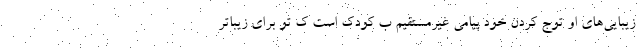
زیبایی‌های او توج کردن خود پیامی غیرمستقیم ب کودک است ک تو برای زیباتر